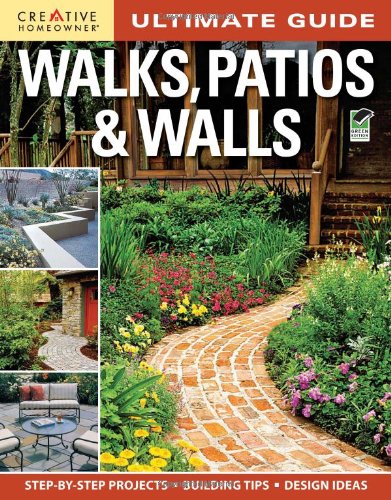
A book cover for Ultimate Guide: Walks, Patios & Walls (Landscaping); Editors of Creative Homeowner; Crafts, Hobbies & Home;